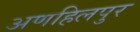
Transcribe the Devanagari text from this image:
अणहिलपुर